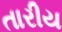
તારીય